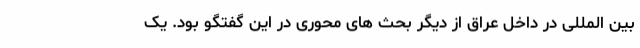
بین المللی در داخل عراق از دیگر بحث های محوری در این گفتگو بود. یک